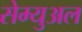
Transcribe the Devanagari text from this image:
सेम्‍युअल